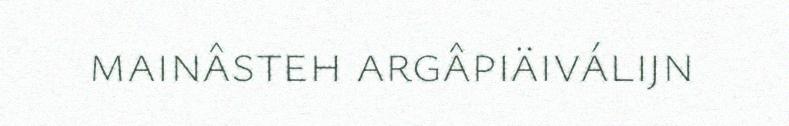
mainâsteh argâpiäiválijn